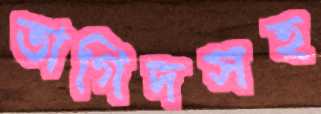
তাগিদসহ